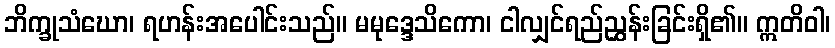
ဘိက္ခုသံဃော၊ ရဟန်းအပေါင်းသည်။ မမုဒ္ဒေသိကော၊ ငါလျှင်ရည်ညွှန်းခြင်းရှိ၏။ ဣတိဝါ၊